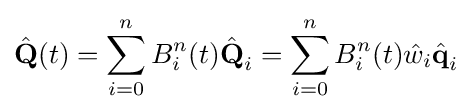
{\hat {\textbf {Q}}}(t)=\sum \limits _{i=0}^{n}{B_{i}^{n}(t){\hat {\textbf {Q}}}_{i}}=\sum \limits _{i=0}^{n}{B_{i}^{n}(t){\hat {w}}_{i}{\hat {\textbf {q}}}_{i}}